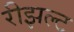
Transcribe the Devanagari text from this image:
रीझल्ट